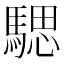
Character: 騦